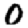
Digit: 0